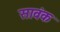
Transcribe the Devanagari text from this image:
सावंक